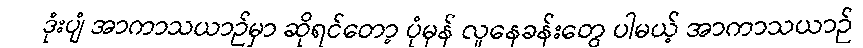
ဒုံးပျံ အာကာသယာဉ်မှာ ဆိုရင်တော့ ပုံမှန် လူနေခန်းတွေ ပါမယ့် အာကာသယာဉ်